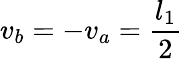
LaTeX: v_{b}=-v_{a}=\frac{l_{1}}{2}